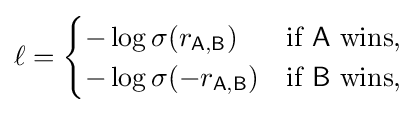
\ell ={\begin{cases}-\log \sigma (r_{\mathsf {A,B}})&{\textrm {if}}~{\mathsf {A}}~{\textrm {wins}},\\-\log \sigma (-r_{\mathsf {A,B}})&{\textrm {if}}~{\mathsf {B}}~{\textrm {wins}},\end{cases}}